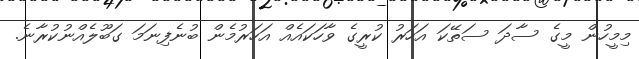
މިމީހުން މީގެ ސާދަ ސަތޭކަ އަހަރު ކުރީގެ ވާހަކައެއް އަހަރުމެން ބުނެފިނަމަ ގަބޫލެއްނުކުރާނެ.